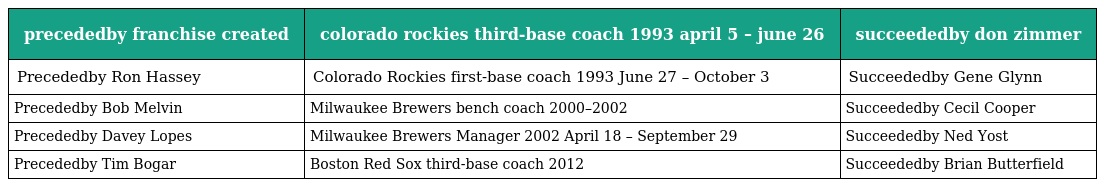
| precededby franchise created | colorado rockies third-base coach 1993 april 5 – june 26 | succeededby don zimmer |
 | --- | --- | --- |
 | Precededby Ron Hassey | Colorado Rockies first-base coach 1993 June 27 – October 3 | Succeededby Gene Glynn |
 | Precededby Bob Melvin | Milwaukee Brewers bench coach 2000–2002 | Succeededby Cecil Cooper |
 | Precededby Davey Lopes | Milwaukee Brewers Manager 2002 April 18 – September 29 | Succeededby Ned Yost |
 | Precededby Tim Bogar | Boston Red Sox third-base coach 2012 | Succeededby Brian Butterfield |